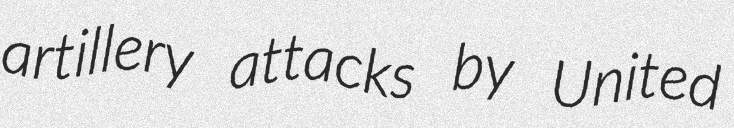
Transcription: artillery attacks by United